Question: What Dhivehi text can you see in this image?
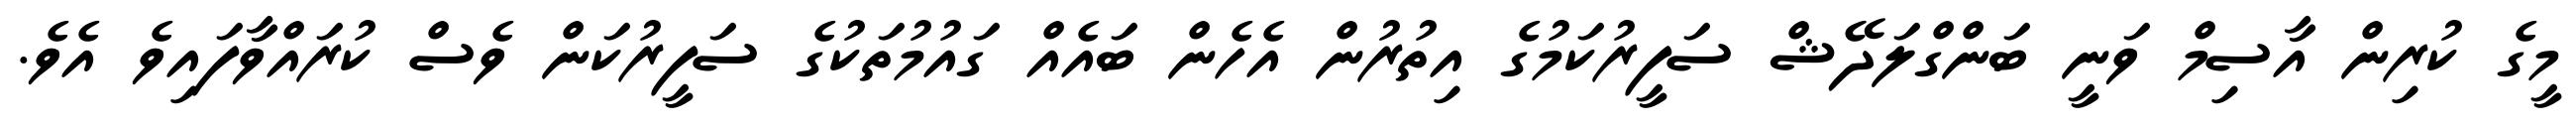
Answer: މީގެ ކުރިން އާސިމް ވަނީ ބަންގްލަދޭޝް ސަފީރުކަމުގެ އިތުރުން އެހެން ބައެއް ގައުމުތަކުގެ ސަފީރުކަން ވެސް ކުރައްވާފައިވެ އެވެ.